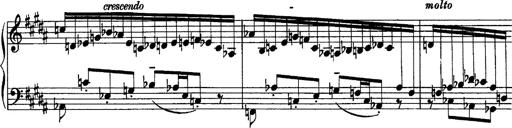
Title: Piano Sonata
Composer: Karl HÃ¤ssler
Key: C major